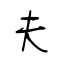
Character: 夫